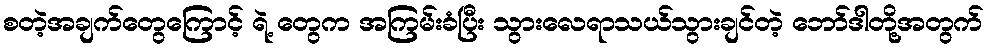
စတဲ့အချက်တွေကြောင့် ရဲ့ တွေက အကြမ်းခံပြီး သွားလေရာသယ်သွားချင်တဲ့ ဘော်ဒါတို့အတွက်